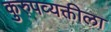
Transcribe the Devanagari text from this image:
कुरुपव्यक्तीला